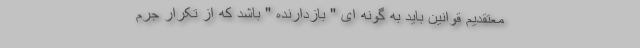
معتقدیم قوانین باید به گونه ای " بازدارنده " باشد که از تکرار جرم